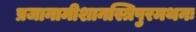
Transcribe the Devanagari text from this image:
प्रजानामीशानस्त्रिपुरमथनः